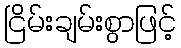
ငြိမ်းချမ်းစွာဖြင့်